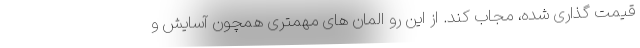
قیمت گذاری شده، مجاب کند. از این رو المان های مهمتری همچون آسایش و